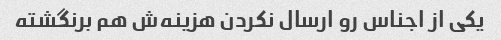
یکی از اجناس رو ارسال نکردن هزینه‌ش هم برنگشته